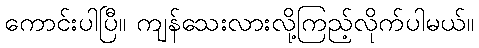
ကောင်းပါပြီ။ ကျန်သေးလားလို့ကြည့်လိုက်ပါမယ်။